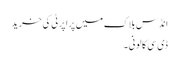
انڈس بلاک میں پراپرٹی کی خرید
ڈی سی کالونی ۔